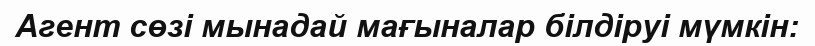
Агент сөзі мынадай мағыналар білдіруі мүмкін: